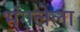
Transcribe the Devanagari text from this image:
भंगलेला